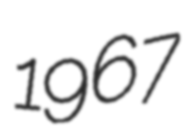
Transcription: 1967